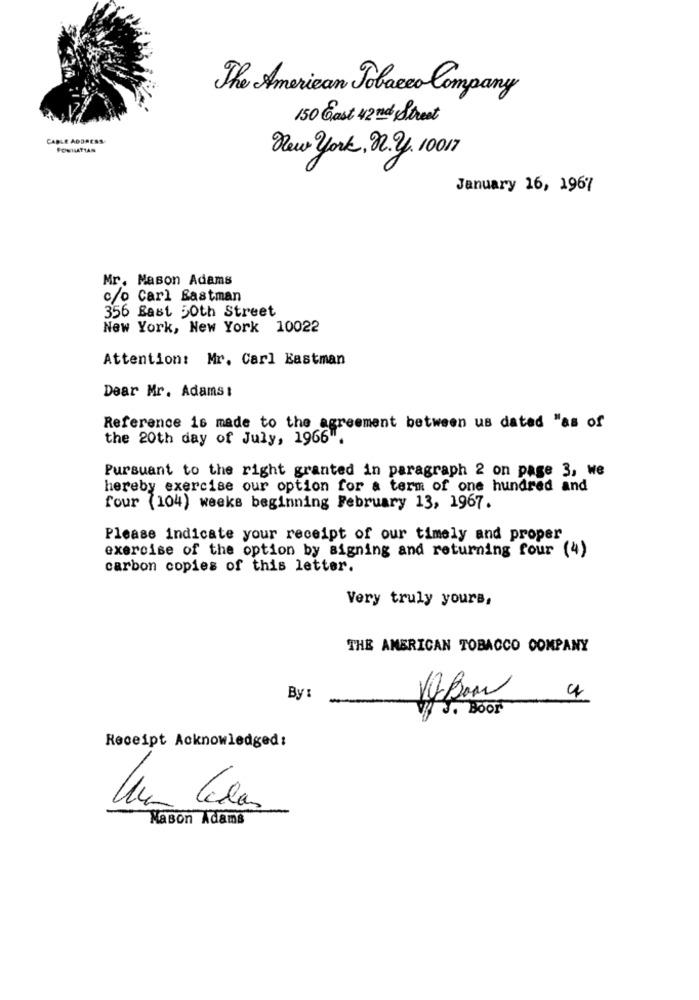
The American Tobacco Company
150 East 42 nd Street
CABLE ADDRESS
FORHATTAN
New York, n. y. 10017
January 16, 1967
Mr. Mason Adams
c/o Carl Eastman
356 Bast 50th Street
New York, New York 10022
Attention: Mr. Carl Eastman
Dear Mr. Adams:
Reference is made to the agreement between us datad "as of
the 20th day of July, 1966".
Pursuant to the right granted in paragraph 2 on page 3, we
hereby exercise our option for a term of one hundred and
four (104) weeks beginning February 13, 1967.
Please indicate your receipt of our timely and proper
exercise of the option by signing and returning four (4)
carbon copies of this letter.
Very truly yours,
THE AMERICAN TOBACCO COMPANY
By :
19Bon
4
3. BOOF
Receipt Acknowledged:
Nason Adams